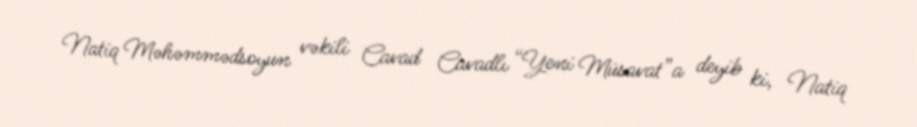
Natiq Məhəmmədsoyun vəkili Cavad Cavadlı “Yeni Müsavat”a deyib ki, Natiq